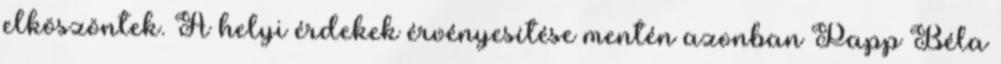
elköszöntek. A helyi érdekek érvényesítése mentén azonban Papp Béla